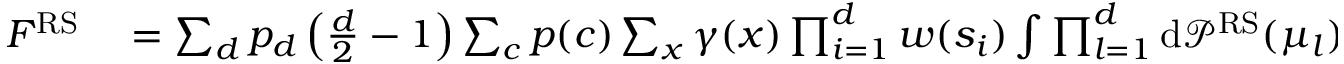
\begin{array} { r } { \begin{array} { r l } { F ^ { \mathrm { R S } } } & { { } = \sum _ { d } p _ { d } \left( \frac { d } { 2 } - 1 \right) \sum _ { c } p ( c ) \sum _ { x } \gamma ( x ) \prod _ { i = 1 } ^ { d } w ( s _ { i } ) \int \prod _ { l = 1 } ^ { d } \mathrm { d } \mathcal { P } ^ { \mathrm { R S } } ( \mu _ { l } ) \log Z _ { \Psi _ { i } } ( \mu _ { 1 } , \dots , \mu _ { d } ; x , c , s _ { 1 } , \dots , s _ { d } ) } \end{array} } \end{array}